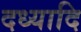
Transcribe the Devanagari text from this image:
दध्यादि